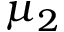
\mu _ { 2 }